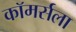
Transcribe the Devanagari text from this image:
कॉमर्सला